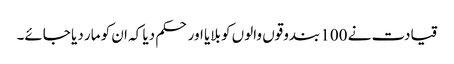
قیادت نے 100 بندوقوں والوں کو بلایا اور حکم دیا کہ ان کو مار دیا جائے۔